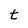
Character: t